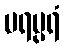
ပရမ္ပရံ